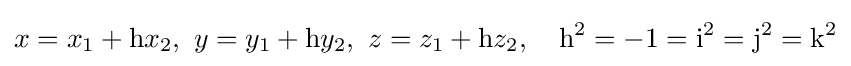
x=x_{1}+\mathrm {h} x_{2},\ y=y_{1}+\mathrm {h} y_{2},\ z=z_{1}+\mathrm {h} z_{2},\quad \mathrm {h} ^{2}=-1=\mathrm {i} ^{2}=\mathrm {j} ^{2}=\mathrm {k} ^{2}